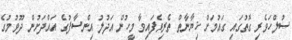
ސުލްހަވެރި ގޮތުގައި ގައުމަށް ޚިޔާނާތް ތެރިވެފައިވާ މީހުން އަދުލު އިންސާފުގެ އައްދަށުން ދޫވުމުގެ